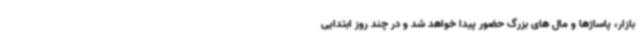
بازار، پاساژها و مال های بزرگ حضور پیدا خواهد شد و در چند روز ابتدایی